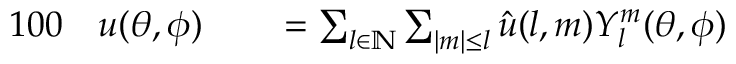
\begin{array} { r l r l } { { 1 0 0 } } & { { } u ( \theta , \phi ) } & { } & { { } = \sum _ { l \in \mathbb { N } } \sum _ { | m | \leq l } \hat { u } ( l , m ) Y _ { l } ^ { m } ( \theta , \phi ) } \end{array}